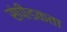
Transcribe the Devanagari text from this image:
संपीडकता